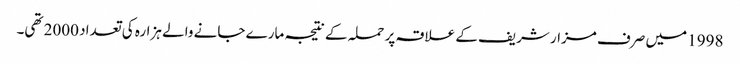
1998 میں صرف مزار شریف کے علاقہ پر حملہ کے نتیجہ مارے جانے والے ہزارہ کی تعداد 2000 تھی۔